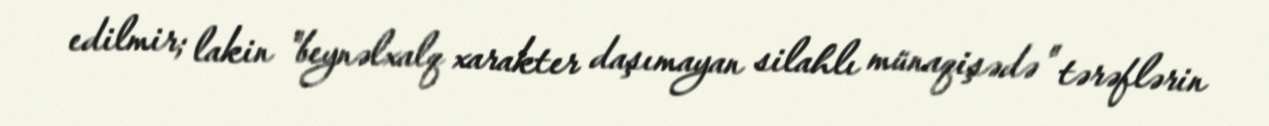
edilmir; lakin "beynəlxalq xarakter daşımayan silahlı münaqişədə" tərəflərin